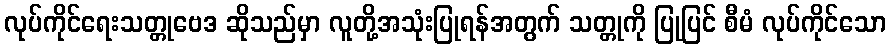
လုပ်ကိုင်ရေးသတ္တုဗေဒ ဆိုသည်မှာ လူတို့အသုံးပြုရန်အတွက် သတ္တုကို ပြုပြင် စီမံ လုပ်ကိုင်သော